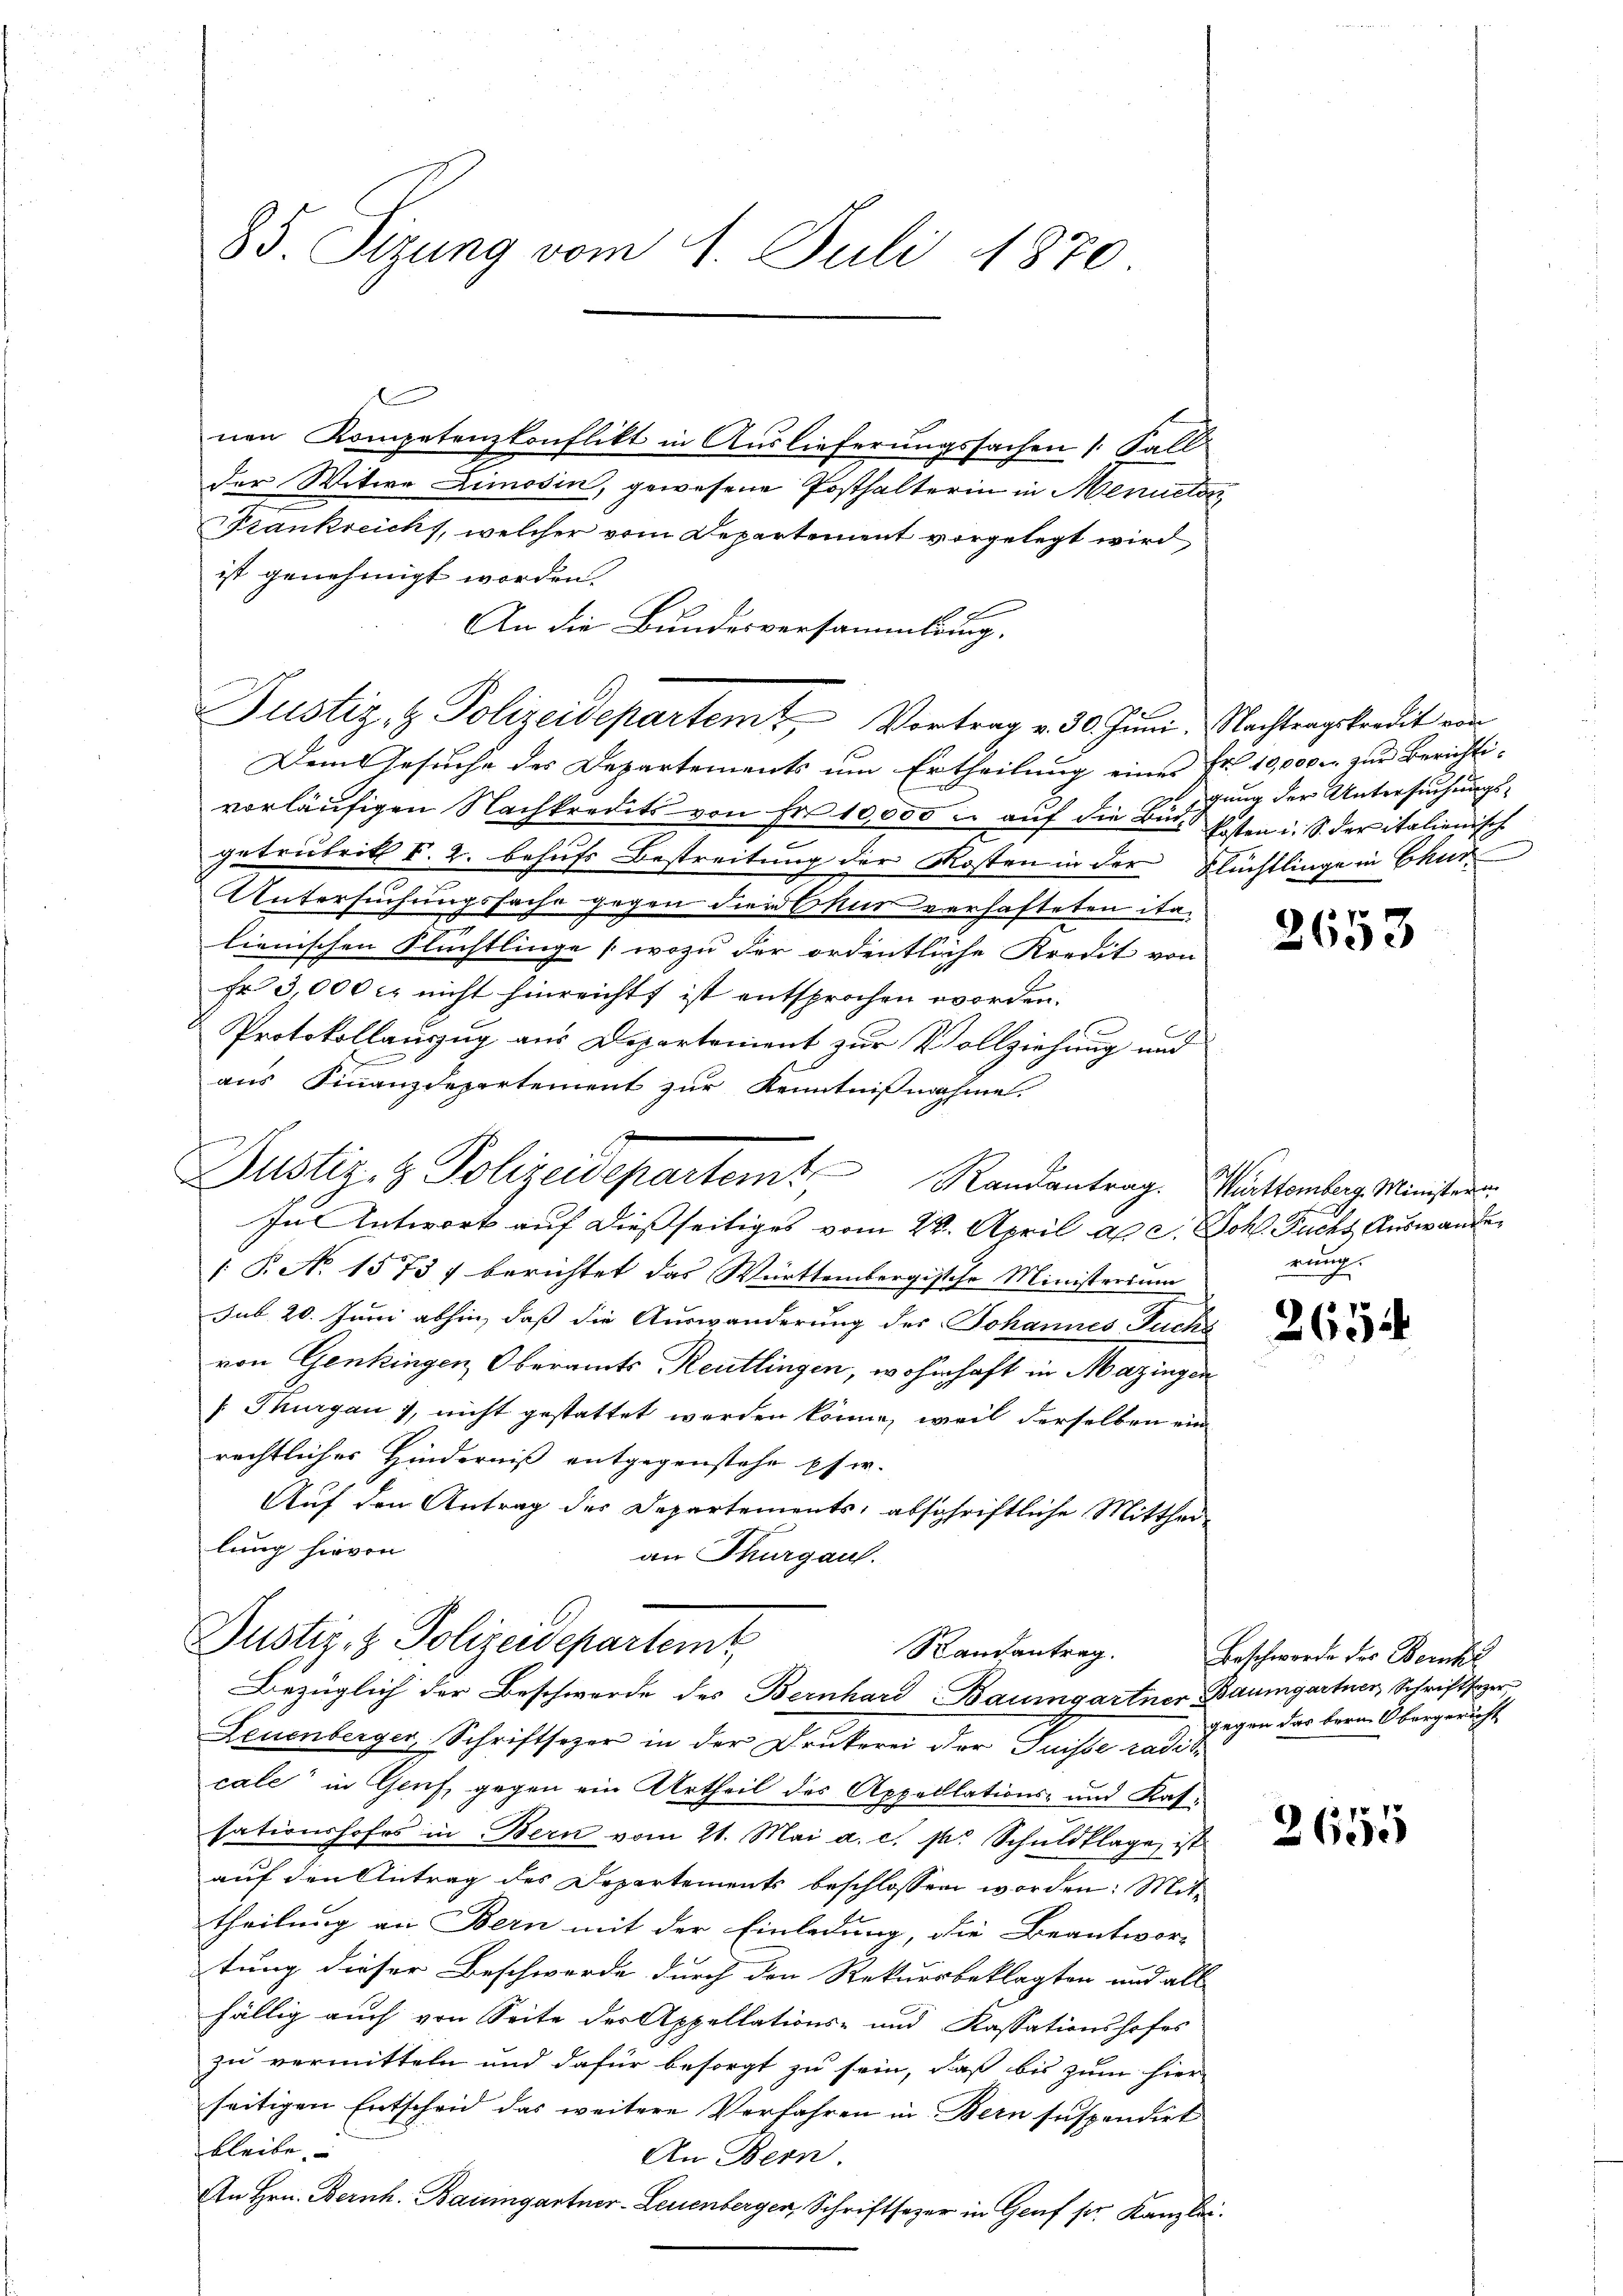
85. Sizung vom 1. Juli 1870

nen Kompetenzkonflikt in Auslieferungssachen 1. Fall
der Witwe Limosin, gewesene Posthalterin in Menueten
Frankreich, welcher vom Departement vorgelegt wird
ist genehmigt worden.
An die Bundesversammlung.
Justiz- & Polizeidepartem Vortrag v. 30. Juni. Nachtragskredit von
Dem Gesuche des Departements um Ertheilung einer Fr. 10,000. zur Berichtivorläufigen Nachkredits von Fr. 10,000 u. auf die Bude Ersten i. S. der italienische
getrübrit §. 2. behufs Bestreitung der Kosten in der Flüchtlinge in Chur
Untersuchungsfache gegen der Chur verhafteten italienischen Flüchtlinge (wozu der ordentliche Kredit von
Fr 3,000 l. nicht hinreicht ist entsprochen worden.
Protokollauszug aus Departement zur Vollziehung und
aus Finanzdepartement zur Kenntnißnahme
In Antwort auf dießseitiges vom 22. April a. c. Joh. Fuchs Auswander
[P. No 1573 f berichtet das Württembergische Ministerium
sub. 20. Juni abhin, daß die Auswanderung des Johannes Fuchs
von Genkingen Oberamts Reutlingen, wohnhaft in Mazingen
[Thurgau), nicht gestattet werden könne, weil derselben ein
rechtliches Hinderniß entgegenstehe pfer.
Auf den Antrag des Departements, abschriftliche Mittheilung hievon
an Thurgau.
Puster. H. Polizeidepartemt
Randantrag.
Bezüglich der Beschwerde des Bernhard Baumgartner Baumgartner Schriftsager
Zeuenberger, Schriftsozer in der Drukerei der Juisse radit
cale in Genf, gegen ein Urtheil des Appellations- und Kassationshofes in Bern vom 21. Mai a. c. pr. Schuldklage, ist
auf den Antrag des Departements beschlossen worden: Mittheilung an Bern mit der Einladung, die Beantwor-
tung dieser Beschwerde durch den Rekursbeklagten und all
fällig auch von Seite des Appellations- und Kassationshofes
zu vermitteln und dafür besorgt zu sein, daß bis zum hier
seitigen Entscheid das weitere Verfahren in Bern suspendirt
bleibe
An Bern
An Hrn. Bernh. Baumgartner-Leuenberger, Schriftsezer in Genf ser Kanzlei.

g
t
Justiz- & Polizeidepartem Randantrag. Württemberg. Ministeren

gung der Untersuchungs-

2653

rung.

2654

Beschwerde des Bernhie
gegen das bern Obergericht

2655